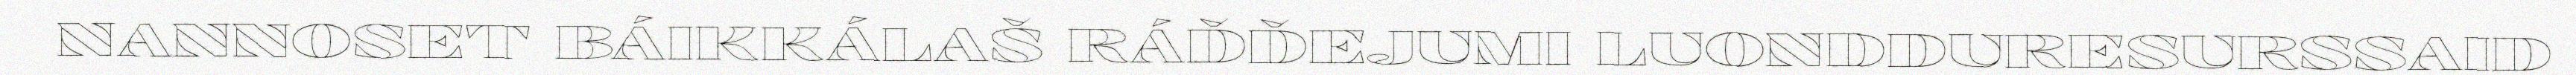
NANNOSET BÁIKKÁLAŠ RÁĐĐEJUMI LUONDDURESURSSAID